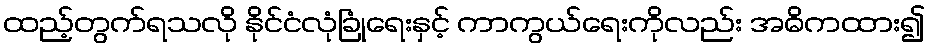
ထည့်တွက်ရသလို နိုင်ငံလုံခြုံရေးနှင့် ကာကွယ်ရေးကိုလည်း အဓိကထား၍